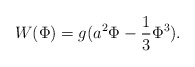
\begin{align*}W(\Phi) = g(a^2 \Phi - \frac{1}{3} \Phi^3).\end{align*}